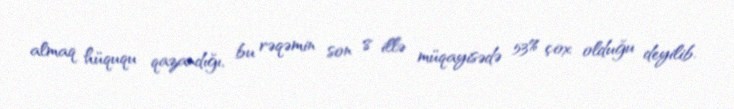
almaq hüququ qazandığı, bu rəqəmin son 8 illə müqayisədə 53% çox olduğu deyilib.